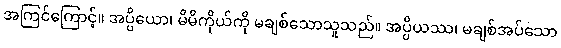
အကြင်ကြောင့်။ အပ္ပိယော၊ မိမိကိုယ်ကို မချစ်သောသူသည်။ အပ္ပိယဿ၊ မချစ်အပ်သော